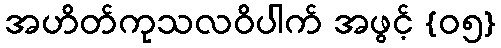
အဟိတ်ကုသလဝိပါက် အဖွင့် {၀၅}